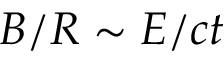
B / R \sim E / c t